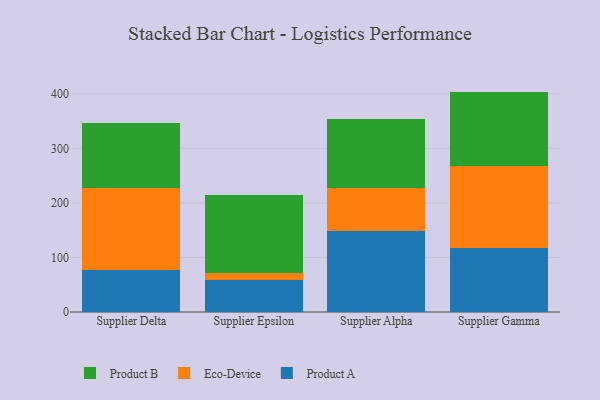
{"axis": {"x": "Supplier", "y": "Operating Costs (USD K)"}, "legend": ["Eco-Device", "Product A", "Product B"], "data": [{"x": "Supplier Delta", "y": 76.5, "type": "Product A"}, {"x": "Supplier Delta", "y": 150.9, "type": "Eco-Device"}, {"x": "Supplier Delta", "y": 119.8, "type": "Product B"}, {"x": "Supplier Epsilon", "y": 59.3, "type": "Product A"}, {"x": "Supplier Epsilon", "y": 11.6, "type": "Eco-Device"}, {"x": "Supplier Epsilon", "y": 144.4, "type": "Product B"}, {"x": "Supplier Alpha", "y": 148.9, "type": "Product A"}, {"x": "Supplier Alpha", "y": 79.0, "type": "Eco-Device"}, {"x": "Supplier Alpha", "y": 125.2, "type": "Product B"}, {"x": "Supplier Gamma", "y": 116.4, "type": "Product A"}, {"x": "Supplier Gamma", "y": 151.7, "type": "Eco-Device"}, {"x": "Supplier Gamma", "y": 135.8, "type": "Product B"}]}